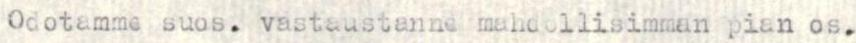
Odotamme suos. vastaustanne mahdollisimman pian os.